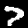
Label: 7